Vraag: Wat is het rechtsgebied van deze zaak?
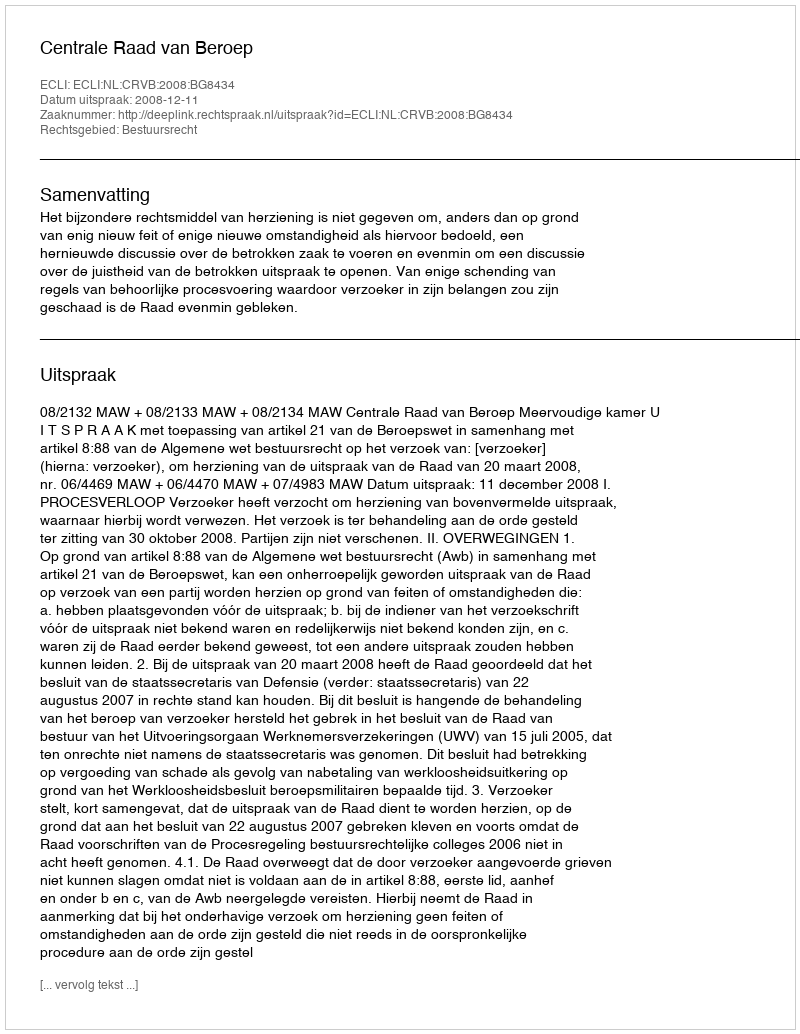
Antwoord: Bestuursrecht